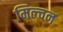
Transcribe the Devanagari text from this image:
मिल्चन